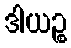
ဒါယဉ္စ